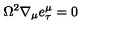
\Omega ^ { 2 } \nabla _ { \mu } e _ { \tau } ^ { \mu } = 0